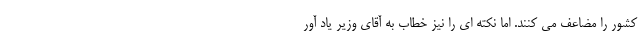
کشور را مضاعف می کنند. اما نکته ای را نیز خطاب به آقای وزیر یاد آور